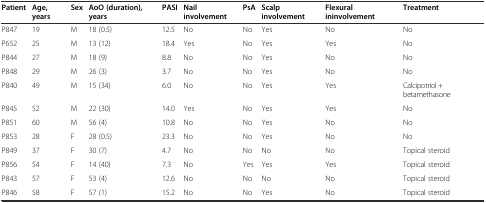
| Patient | Age, years | Sex | AoO (duration), years | PASI | Nail involvement | PsA | Scalp involvement | Flexural ininvolvement | Treatment |
 | --- | --- | --- | --- | --- | --- | --- | --- | --- | --- |
 | P847 | 19 | M | 18 (0.5) | 12.5 | No | No | Yes | No | No |
 | P652 | 25 | M | 13 (12) | 18.4 | Yes | No | Yes | Yes | No |
 | P844 | 27 | M | 18 (9) | 8.8 | No | No | Yes | No | No |
 | P848 | 29 | M | 26 (3) | 3.7 | No | No | Yes | No | No |
 | P840 | 49 | M | 15 (34) | 6.0 | No | No | Yes | Yes | Calcipotriol + betamethasone |
 | P845 | 52 | M | 22 (30) | 14.0 | Yes | No | Yes | Yes | No |
 | P851 | 60 | M | 56 (4) | 10.8 | No | No | Yes | No | No |
 | P853 | 28 | F | 28 (0.5) | 23.3 | No | No | Yes | No | No |
 | P849 | 37 | F | 30 (7) | 4.7 | No | No | No | No | Topical steroid |
 | P856 | 54 | F | 14 (40) | 7.3 | No | Yes | Yes | Yes | Topical steroid |
 | P843 | 57 | F | 53 (4) | 12.6 | No | No | No | No | Topical steroid |
 | P846 | 58 | F | 57 (1) | 15.2 | No | No | Yes | No | Topical steroid |